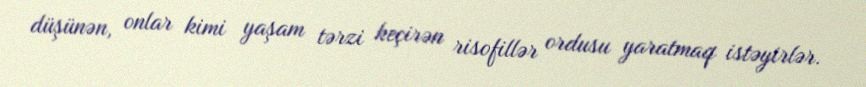
düşünən, onlar kimi yaşam tərzi keçirən risofillər ordusu yaratmaq istəyirlər.